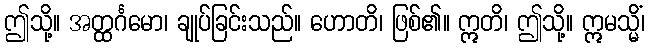
ဤသို့။ အတ္ထင်္ဂမော၊ ချုပ်ခြင်းသည်။ ဟောတိ၊ ဖြစ်၏။ ဣတိ၊ ဤသို့။ ဣမသ္မိံ၊